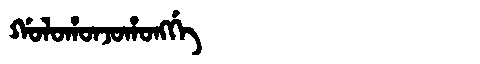
Manchu: ᡤᠣᠯᠣᡥᠣᠨᠵᠣᡥᠣᠩᡤᡝ
Romanization: GOLOHONJOHONGGE